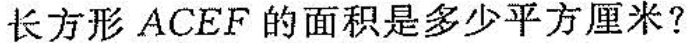
长方形ACEF的面积是多少平方厘米?